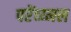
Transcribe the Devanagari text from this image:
परेंच्य्मल